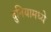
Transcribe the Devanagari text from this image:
दुनियामध्ये